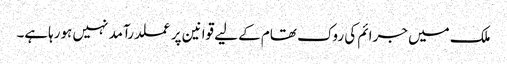
ملک میں جرائم کی روک تھام کے لیے قوانین پر عملدرآمد نہیں ہورہاہے۔